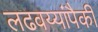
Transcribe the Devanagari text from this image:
लढवय्यांपैकी